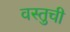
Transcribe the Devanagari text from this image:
वस्तुची